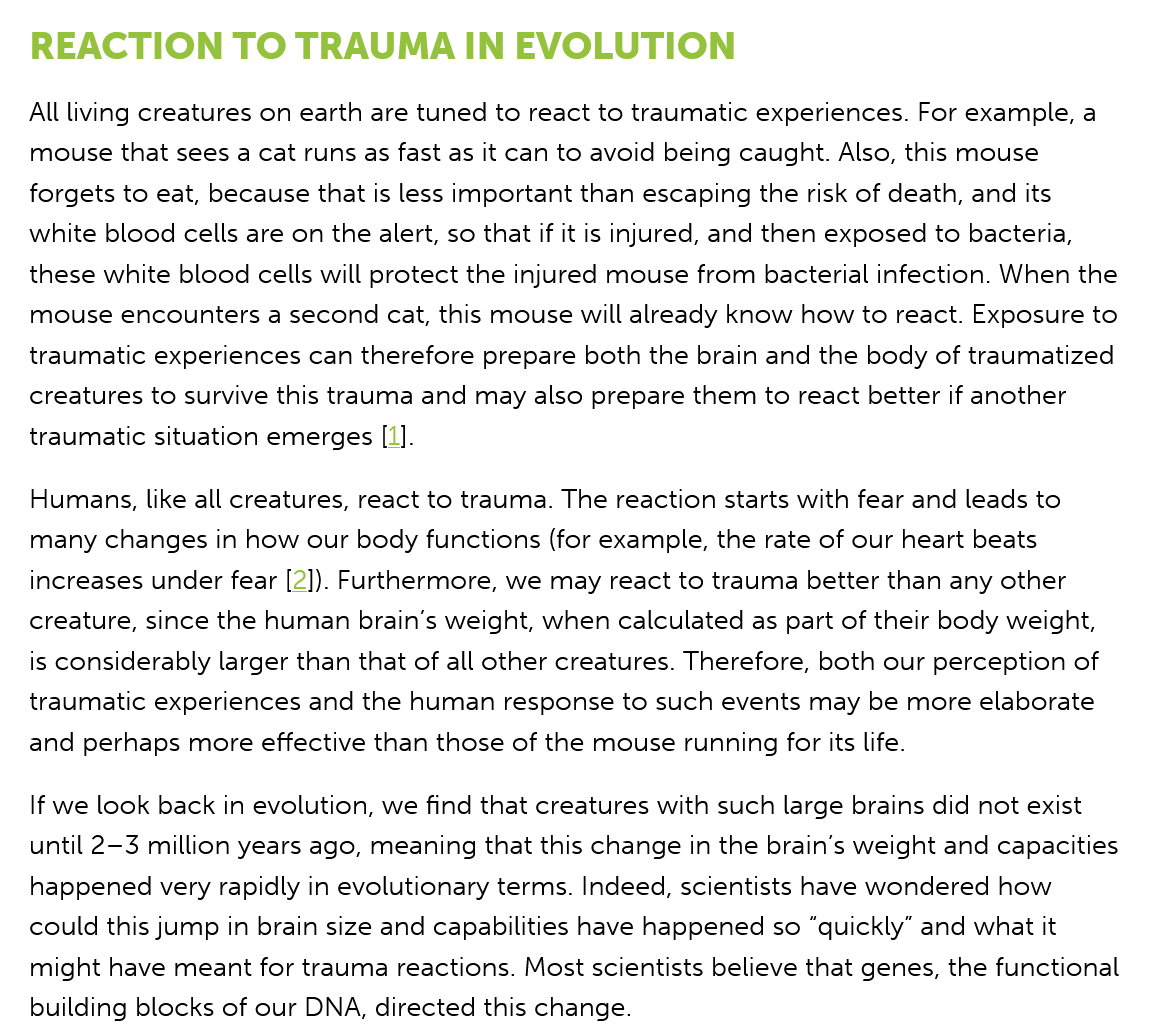
All living creatures on earth are tuned to react to traumatic experiences. For example, a
   mouse that sees a cat runs as fast as it can to avoid being caught. Also, this mouse
   forgets to eat, because that is less important than escaping the risk of death, and its
   white blood cells are on the alert, so that if it is injured, and then exposed to bacteria,
   these white blood cells will protect the injured mouse from bacterial infection. When the
   mouse encounters a second cat, this mouse will already know how to react. Exposure to
   traumatic experiences can therefore prepare both the brain and the body of traumatized
   creatures to survive this trauma and may also prepare them to react better if another
   traumatic situation emerges [1].
   If we look back in evolution, we find that creatures with such large brains did not exist
   until 2-3 million years ago, meaning that this change in the brain's weight and capacities
   happened very rapidly in evolutionary terms. Indeed, scientists have wondered how
   could this jump in brain size and capabilities have happened so “quickly” and what it
   might have meant for trauma reactions. Most scientists believe that genes, the functional
   building blocks of our DNA, directed this change.
   Humans, like all creatures, react to trauma. The reaction starts with fear and leads to
   many changes in how our body functions (for example, the rate of our heart beats
   increases under fear [2]). Furthermore, we may react to trauma better than any other
   creature, since the human brain's weight, when calculated as part of their body weight,
   is considerably larger than that of all other creatures. Therefore, both our perception of
   traumatic experiences and the human response to such events may be more elaborate
   and perhaps more effective than those of the mouse running for its life.
   REACTION    TO   TRAUMA    IN    EVOLUTION